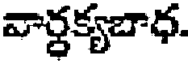
వార్ధక్యబాధ.